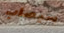
سيصاب